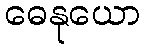
ဓေနုယော